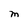
Character: M